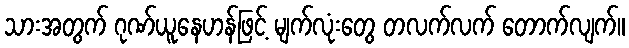
သားအတွက် ဂုဏ်ယူနေဟန်ဖြင့် မျက်လုံးတွေ တလက်လက် တောက်လျက်။